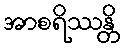
အာစရိဿန္တိ